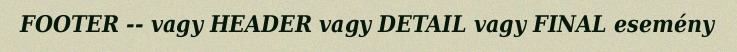
FOOTER -- vagy HEADER vagy DETAIL vagy FINAL esemény